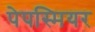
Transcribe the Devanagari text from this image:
पेपस्मियर